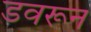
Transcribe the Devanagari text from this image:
डवरून